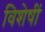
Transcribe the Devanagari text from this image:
विशेषीं